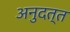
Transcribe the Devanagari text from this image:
अनुदत्त